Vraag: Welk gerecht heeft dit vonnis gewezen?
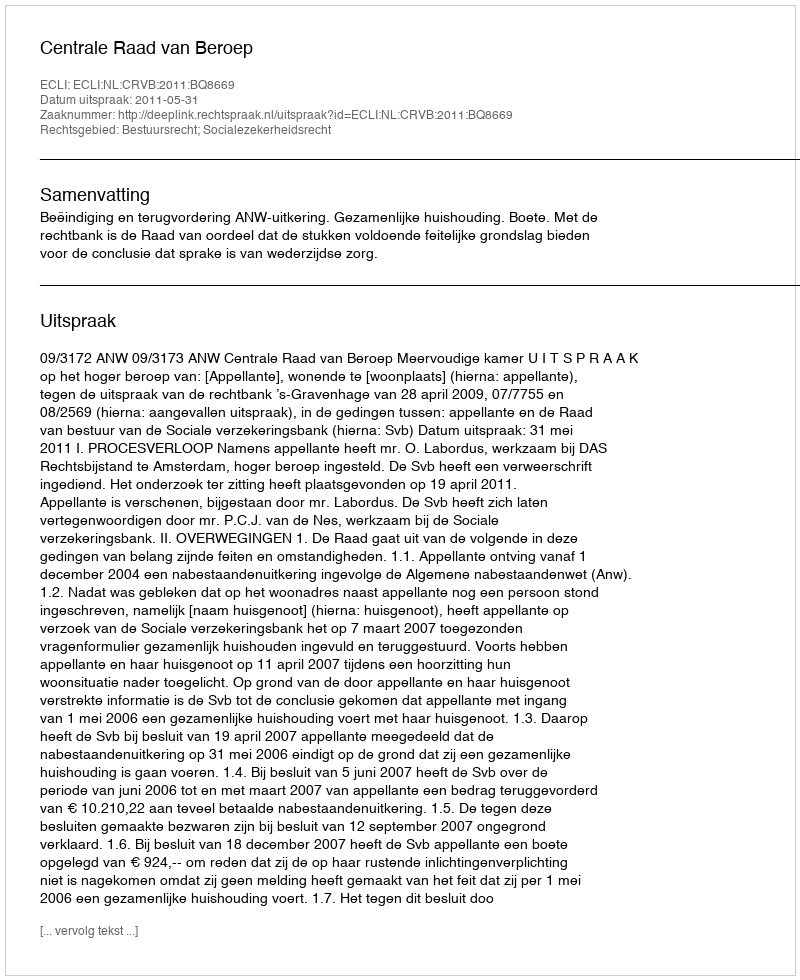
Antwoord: Centrale Raad van Beroep